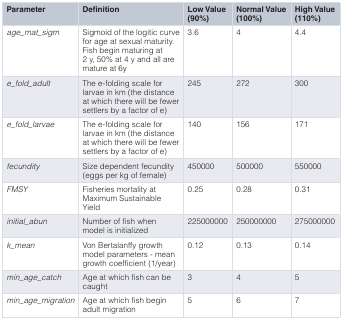
<table><thead><tr><td><b>Parameter</b></td><td><b>Definition</b></td><td><b>Low Value(90%)</b></td><td><b>Normal Value(100%)</b></td><td><b>High Value(110%)</b></td></tr></thead><tbody><tr><td><i>age_mat_sigm</i></td><td>Sigmoid of the logitic curvefor age at sexual maturity.Fish begin maturing at2 y, 50% at 4 y and all aremature at 6y</td><td>3.6</td><td>4</td><td>4.4</td></tr><tr><td><i>e_fold_adult</i></td><td>The e-folding scale forlarvae in km (the distanceat which there will be fewersettlers by a factor of e)</td><td>245</td><td>272</td><td>300</td></tr><tr><td><i>e_fold_larvae</i></td><td>The e-folding scale forlarvae in km (the distanceat which there will be fewersettlers by a factor of e)</td><td>140</td><td>156</td><td>171</td></tr><tr><td><i>fecundity</i></td><td>Size dependent fecundity(eggs per kg of female)</td><td>450000</td><td>500000</td><td>550000</td></tr><tr><td><i>FMSY</i></td><td>Fisheries mortality atMaximum SustainableYield</td><td>0.25</td><td>0.28</td><td>0.31</td></tr><tr><td><i>initial_abun</i></td><td>Number of fish whenmodel is initialized</td><td>225000000</td><td>250000000</td><td>275000000</td></tr><tr><td><i>k_mean</i></td><td>Von Bertalanffy growthmodel parameters - meangrowth coefficient (1/year)</td><td>0.12</td><td>0.13</td><td>0.14</td></tr><tr><td><i>min_age_catch</i></td><td>Age at which fish can becaught</td><td>3</td><td>4</td><td>5</td></tr><tr><td><i>min_age_migration</i></td><td>Age at which fish beginadult migration</td><td>5</td><td>6</td><td>7</td></tr></tbody></table>